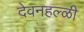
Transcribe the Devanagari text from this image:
देवनहल्ळी